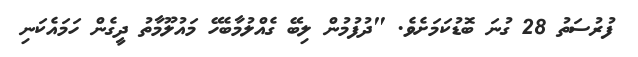
ފުރުސަތު 28 ގުނަ ބޮޑުކަމަށެވެ. "ދުފުމުން ލިބޭ ގެއްލުމާބެހޭ މައުލޫމާތު ދީގެން ހަމައެކަނި